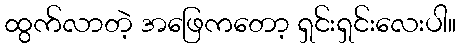
ထွက်လာတဲ့ အဖြေကတော့ ရှင်းရှင်းလေးပါ။